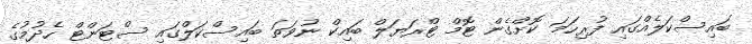
ބައިސްކަލެއްގައި ފުރިހަމަ ކޮށްގެން ޓޮމް ޓްރަޔަލް ބައިކް ނުވަތަ ބައިސްކަލްގައި ސްޓަންޓް ހެދުމުގެ